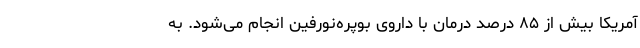
آمریکا بیش از ۸۵ درصد درمان با داروی بوپره‌نورفین انجام می‌شود. به